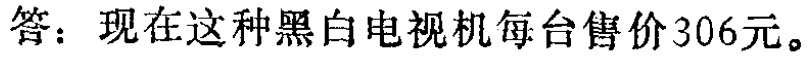
答：现在这种黑白电视机每台售价306元。